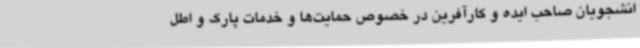
انشجویان صاحب ایده و کارآفرین در خصوص حمایت‌ها و خدمات پارک و اطل